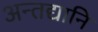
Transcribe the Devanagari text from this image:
अन्तद्यानि